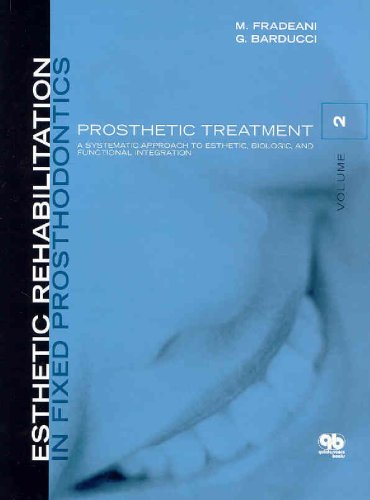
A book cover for Esthetic Rehabilitation in Fixed Prosthodontics: Prosthetic Treatment: A Systematic Approach to Esthetic, Biologic, and Functional Integration; Mauro Fradeani; Medical Books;